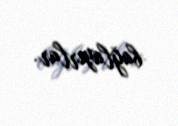
bağlayırlar.